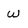
Character: w